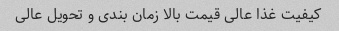
کیفیت غذا عالی قیمت بالا زمان بندی و تحویل عالی